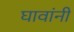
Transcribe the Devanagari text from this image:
घावांनी